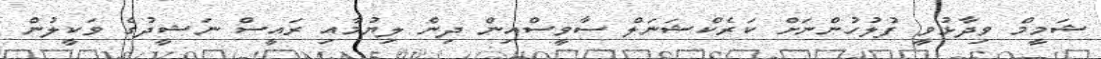
ޝަމީމް ވިދާޅުވީ ފުލުހުންނަށް ކަރެކްޝަނަލް ސާވީސްއިން ދިން ލިޔުމާއި ރައީސް ނަޝީދުގެ ވަކީލުން